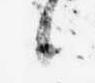
候